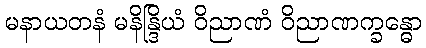
မနာယတနံ မနိန္ဒြိယံ ဝိညာဏံ ဝိညာဏက္ခန္ဓော